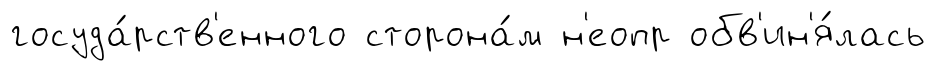
госуда́рств'енного сторона́м н'еопр обв'ин'я́лась